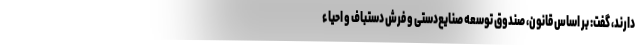
دارند، گفت: بر اساس قانون، صندوق توسعه صنایع‌دستی و فرش دستباف و احیاء